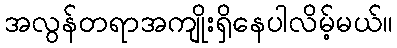
အလွန်တရာအကျိုးရှိနေပါလိမ့်မယ်။